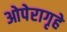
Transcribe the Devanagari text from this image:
ओपेरागृहे